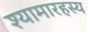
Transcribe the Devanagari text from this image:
श्यामारहस्य